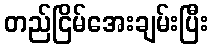
တည်ငြိမ်အေးချမ်းပြီး